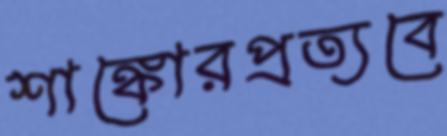
শাঙ্কোরপ্রত্যবে